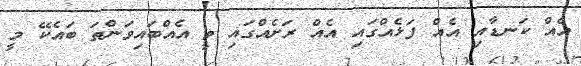
އެއް ކަނޑާއި އެއް ފަޅެއްގައި އެއް ރަށެއްގައި ވީ އެއްބައިވަންތަ ބައެކޭ މީ